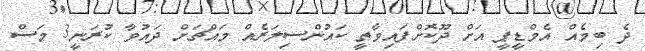
ދެ ބިމެއް އެމްޑީޕީ އަށް ދޫކޮށްފައިވާތީ ކައުންސިލަރެއް މައްޗަށް ދައުވާ ކުރަނީ3 މަސް